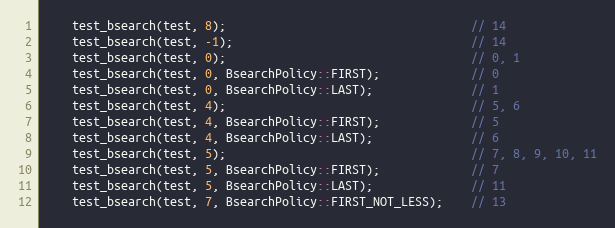
Language: C++
    test_bsearch(test, 8);                                   // 14
    test_bsearch(test, -1);                                  // 14
    test_bsearch(test, 0);                                   // 0, 1
    test_bsearch(test, 0, BsearchPolicy::FIRST);             // 0
    test_bsearch(test, 0, BsearchPolicy::LAST);              // 1
    test_bsearch(test, 4);                                   // 5, 6
    test_bsearch(test, 4, BsearchPolicy::FIRST);             // 5
    test_bsearch(test, 4, BsearchPolicy::LAST);              // 6
    test_bsearch(test, 5);                                   // 7, 8, 9, 10, 11
    test_bsearch(test, 5, BsearchPolicy::FIRST);             // 7
    test_bsearch(test, 5, BsearchPolicy::LAST);              // 11
    test_bsearch(test, 7, BsearchPolicy::FIRST_NOT_LESS);    // 13